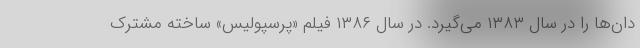
دان‌ها را در سال ۱۳۸۳ می‌گیرد. در سال ۱۳۸۶ فیلم «پرسپولیس» ساخته مشترک